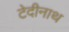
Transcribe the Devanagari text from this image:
टेदीनाथ